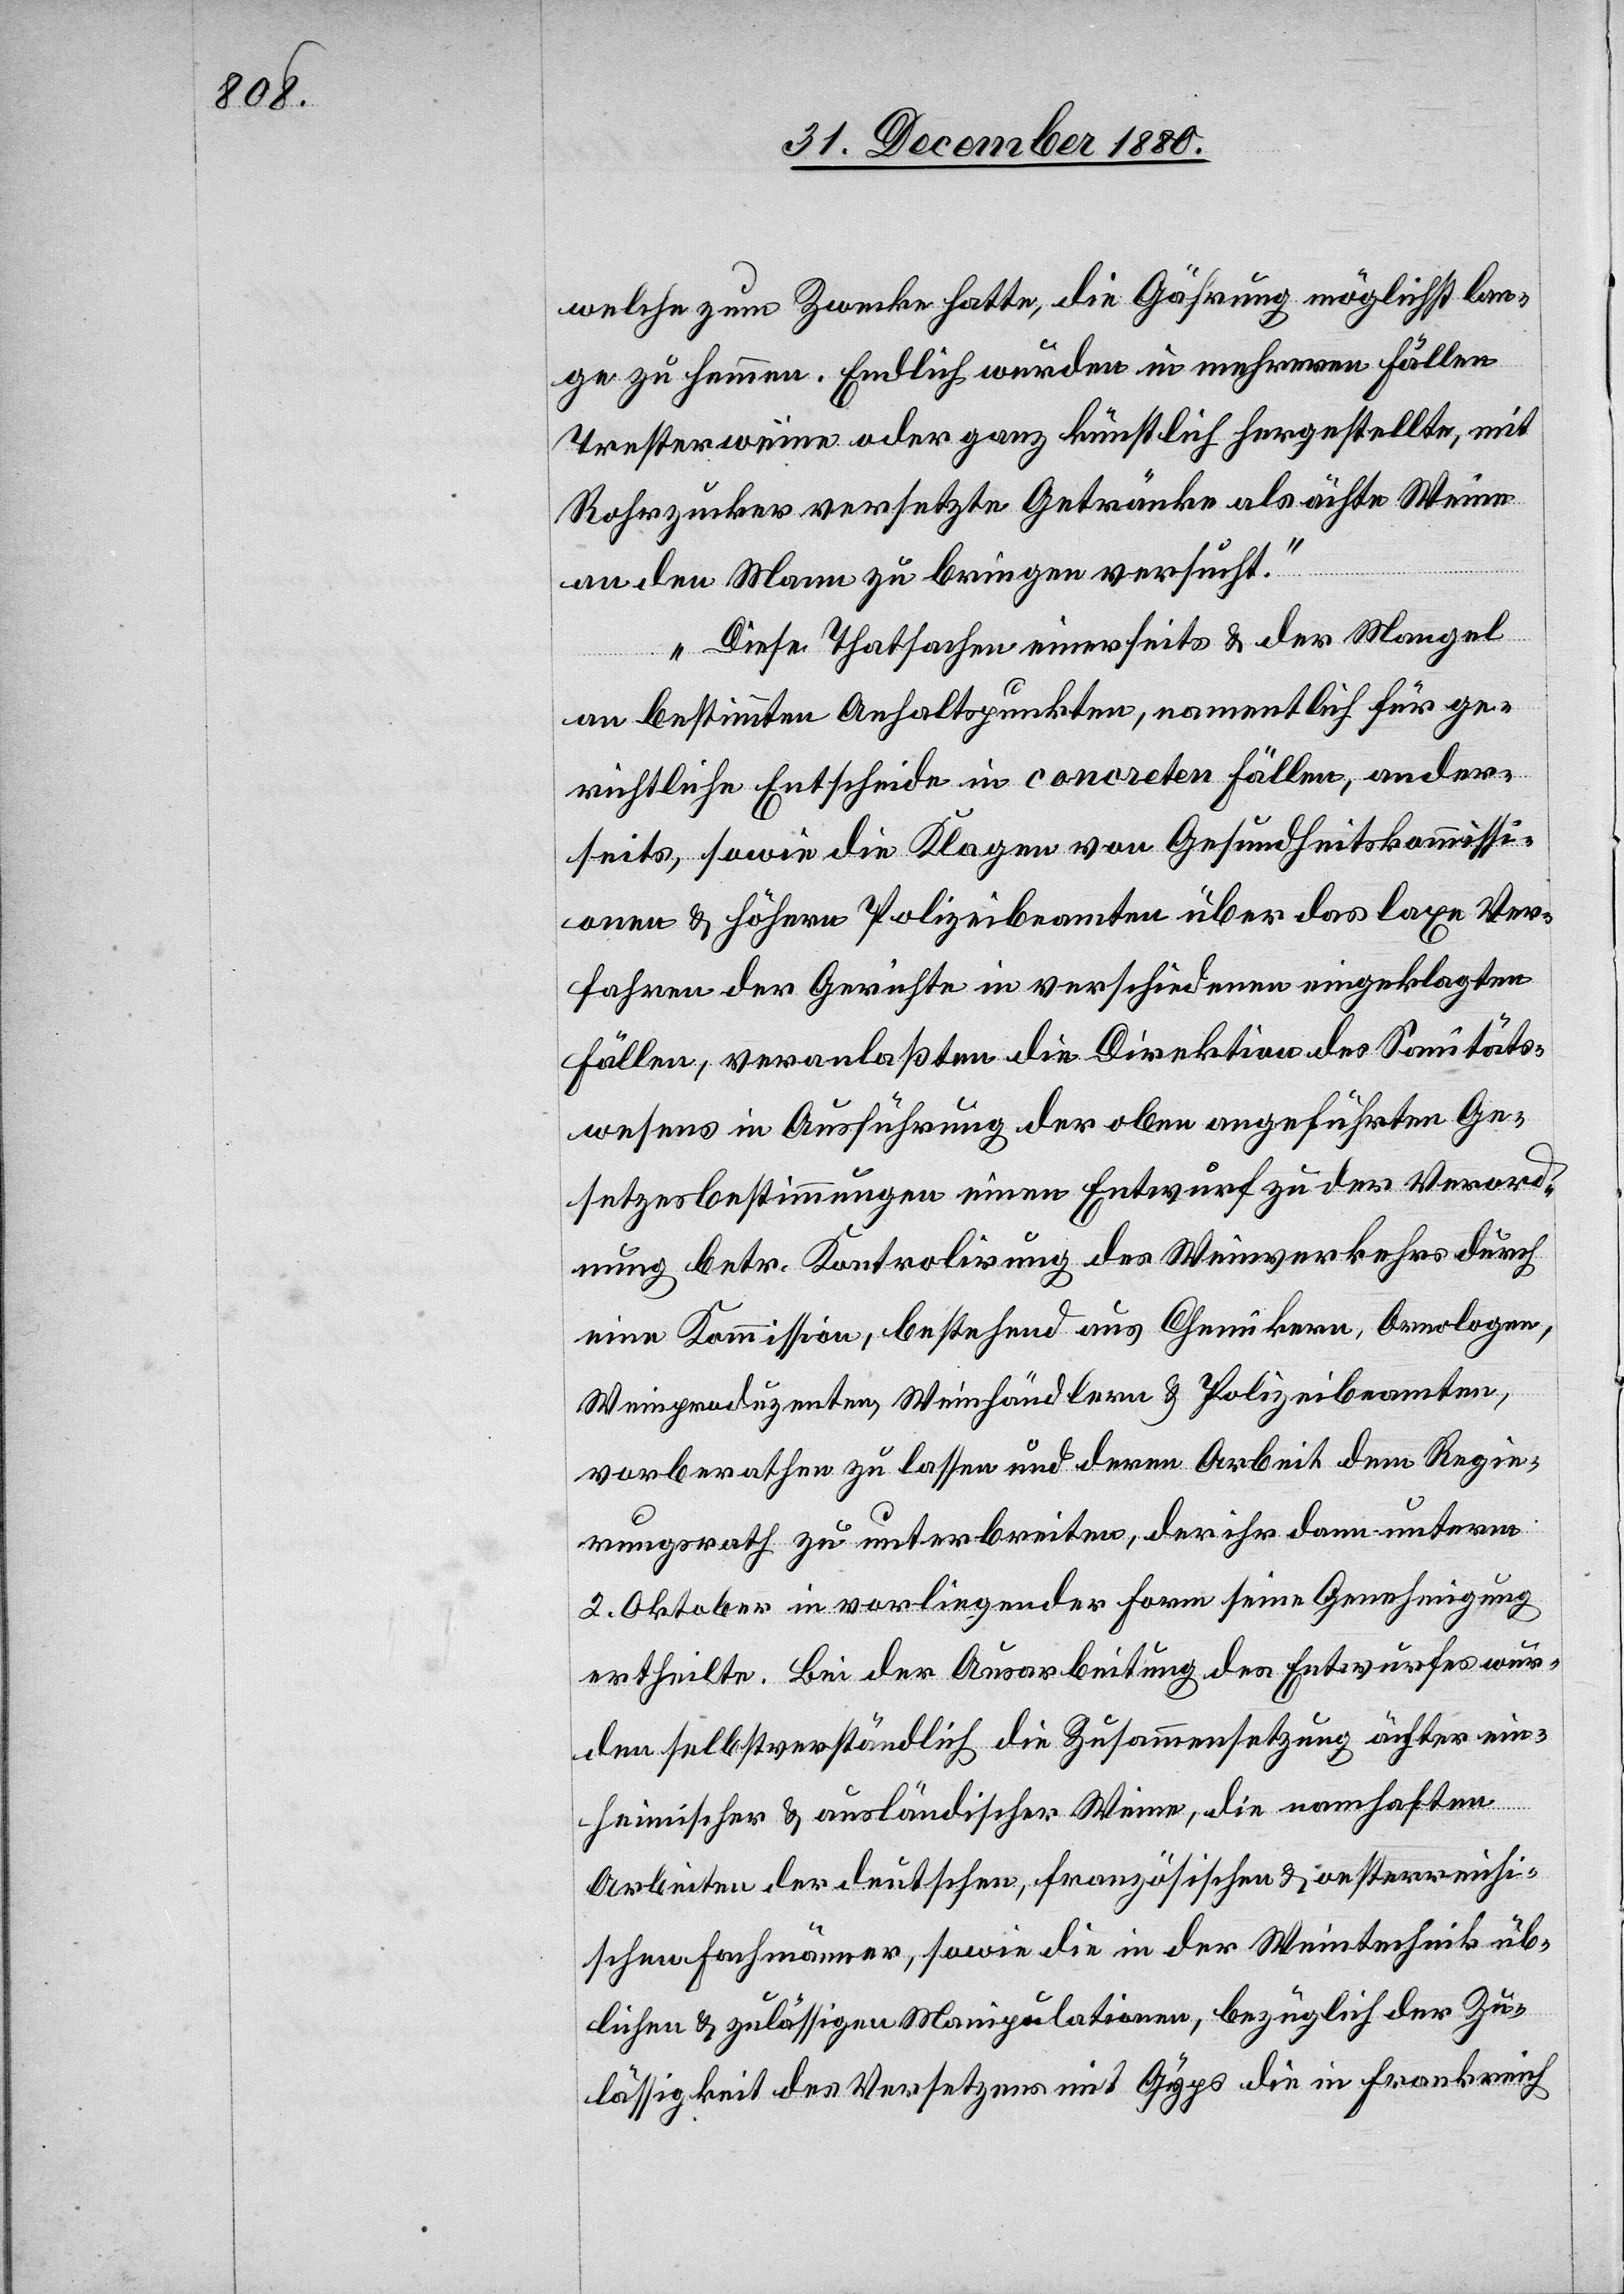
welche zum Zwecke hatte, die Gährung möglichst lan¬
ge zu hemmen. Endlich wurden in mehreren Fällen
Tresterweine oder ganz künstlich hergestellte, mit
Rohrzucker versetzte Getränke als ächte Weine
an den Mann zu bringen versucht.
Diese Thatsache einerseits & der Mangel
an bestimmten Anhaltspunkten, namentlich für ge¬
richtliche Entscheide in concreten Fällen, ander¬
seits, sowie die Klagen von Gesundheitskommissi¬
onen & höhern Polizeibeamten über das laxe Ver¬
fahren der Gerichte in verschiedenen eingeklagten
Fällen, veranlaßten die Direktion des Sanitäts¬
wesens in Ausführung der oben angeführten Ge¬
setzesbestimmungen einen Entwurf zu der Verord¬
nung betr. Kontrolirung des Weinverkehrs durch
eine Kommission bestehend aus Chemikern, Ornologen
Weinproduzenten, Weinhändlern & Polizeibeamten,
vorberathen zu lassen und deren Arbeit dem Regie¬
rungsrath zu unterbreiten, der ihr dann unterm
2. Oktober in vorliegender Form seine Genehmigung
ertheilte. Bei der Ausarbeitung des Entwurfes wur¬
den selbstverständlich die Zusammensetzung ächter ein¬
heimischer & ausländischer Weine, die namhaften
Arbeiten der deutschen, französischen & oesterreichi¬
schen Fachmänner, sowie die in der Weintechnik üb¬
lichen & zulässigen Manipulationen, bezüglich der Zu¬
lässigkeit des Versetzens mit Gyps die in Frankreich